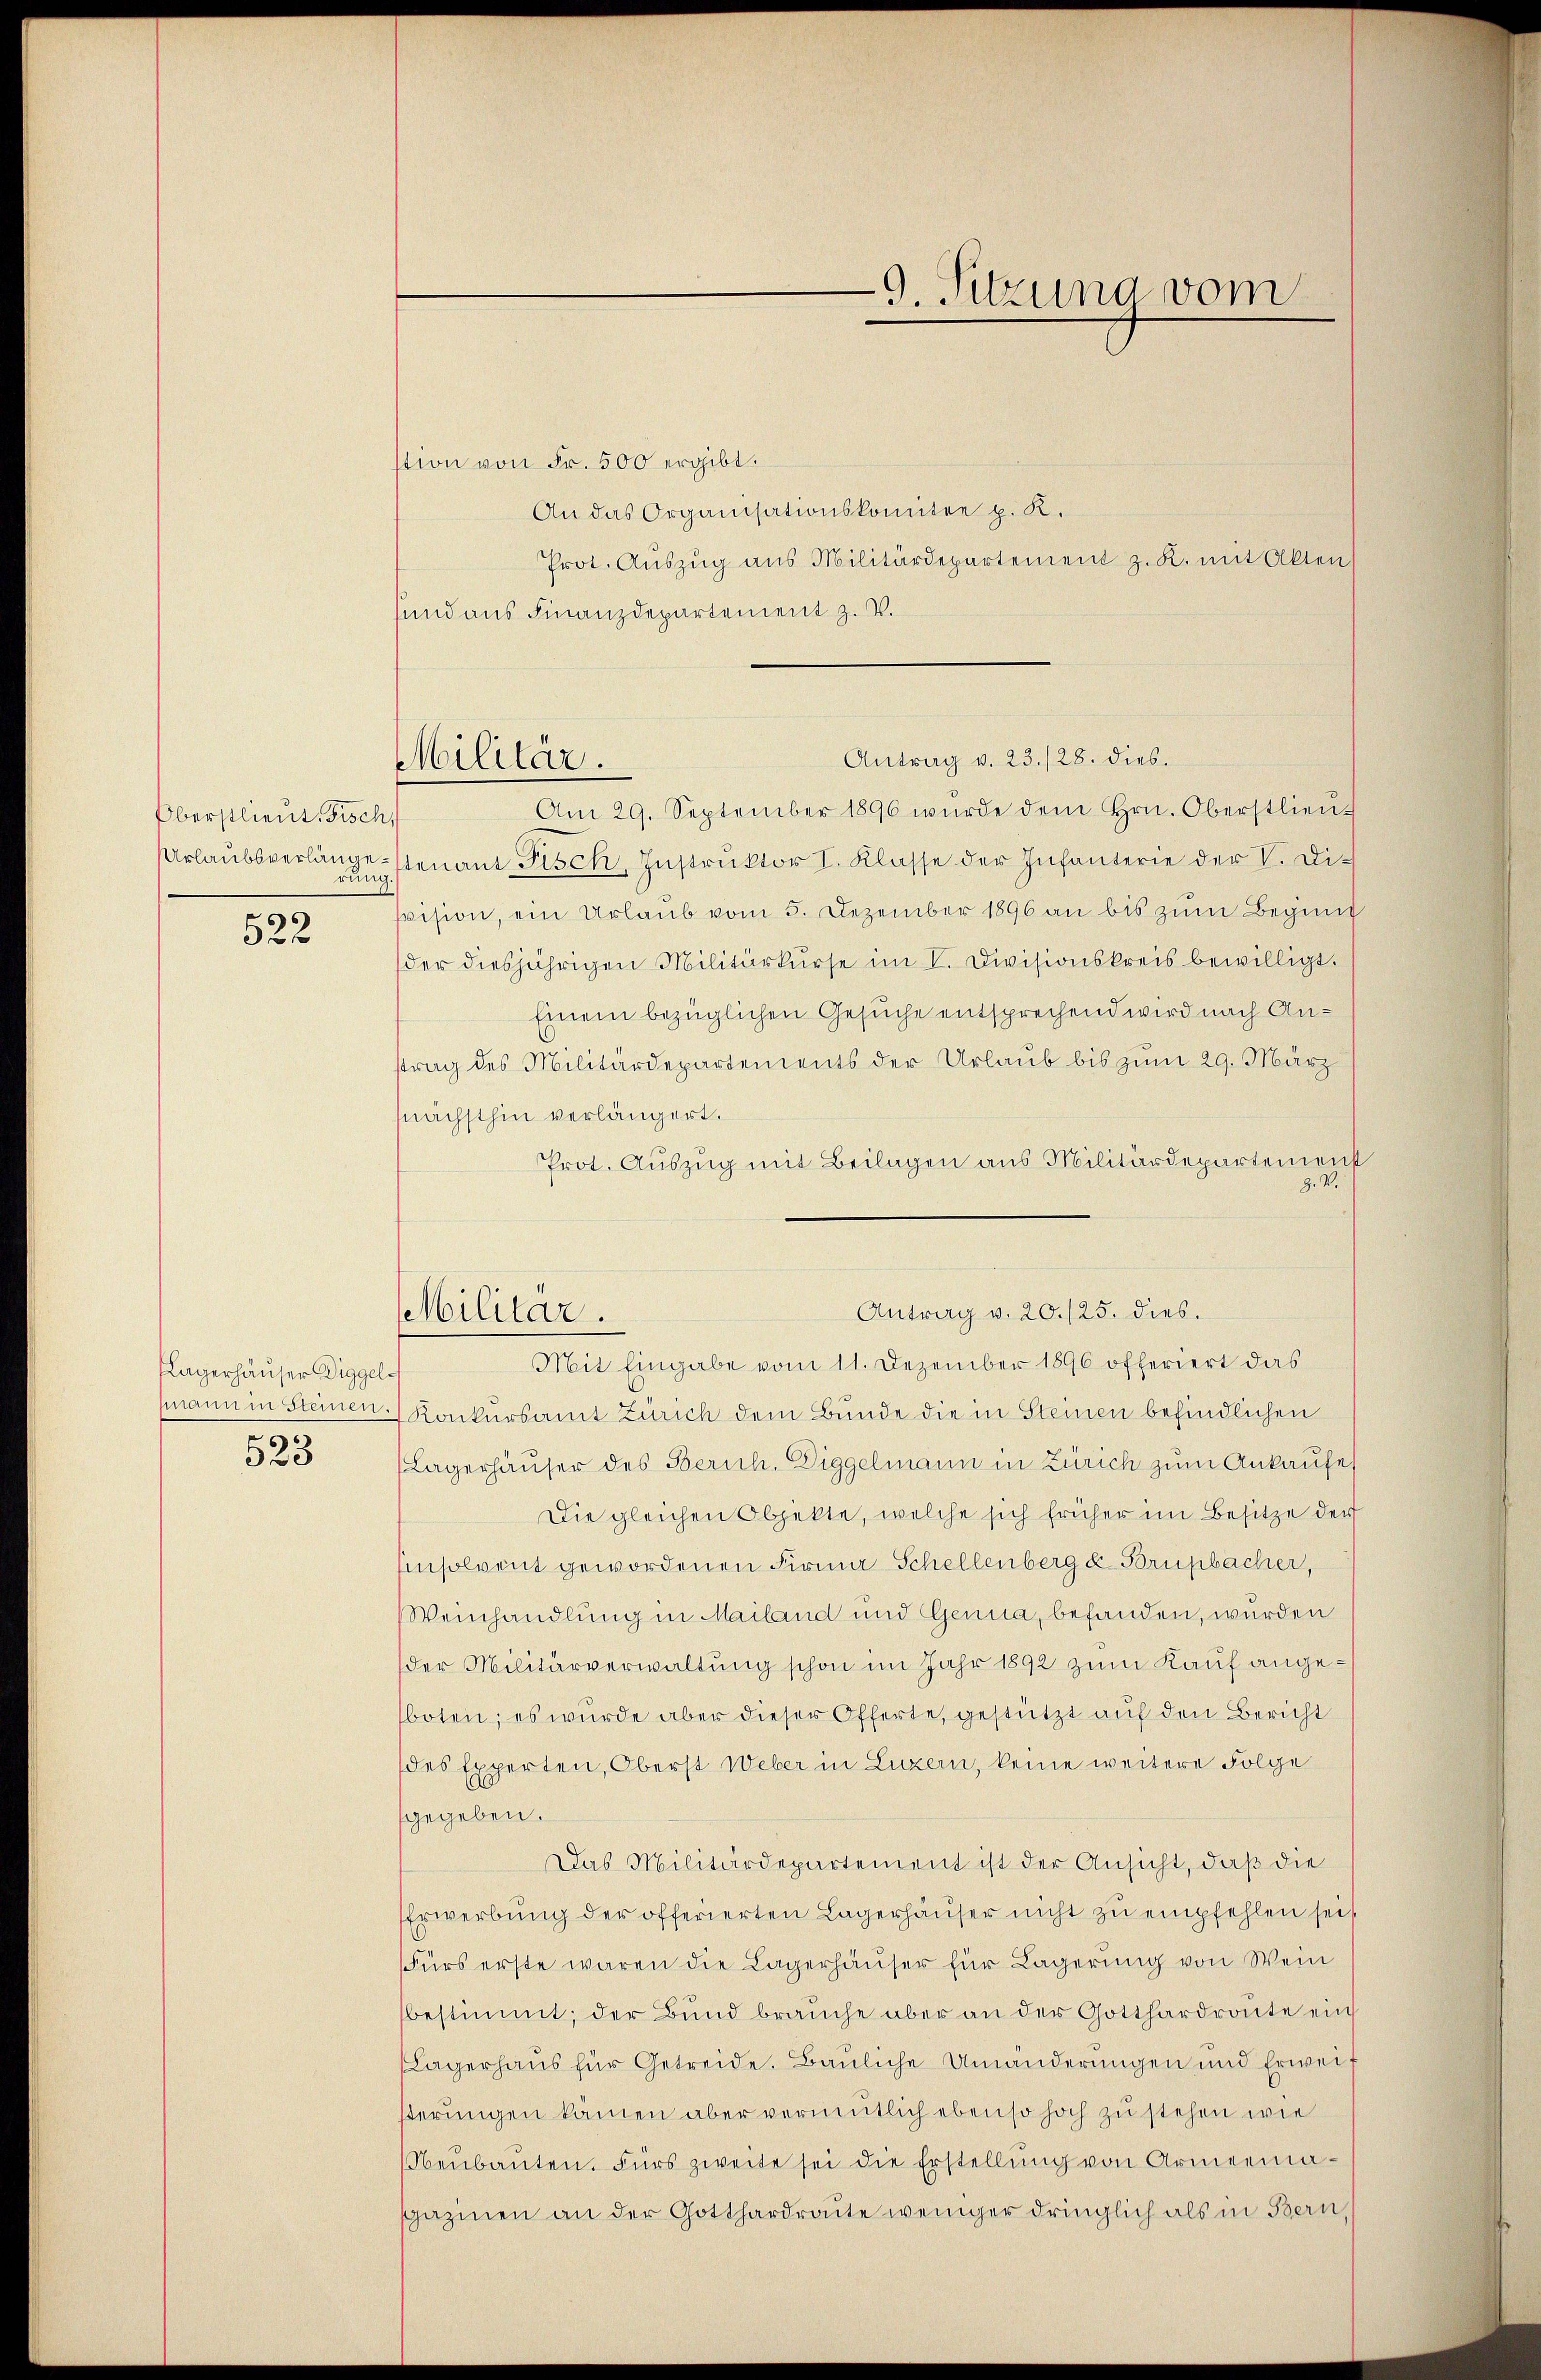
Oberstlieut. Fisch
rung

522

Lagerhäuser Diggel¬
523

stion von Fr. 500 ergibt.
An das Organisationskomitee p. K.
Prot. Aŭszŭg ans Militärdepartement z. K. mit Akten
sund aus Finanzdepartement z. V.
Am 29. September 1896 wurde dem Hrn. Oberstlieu¬
Urlaŭbsverlängestenant Fisch, Instrŭktor I. Klasse der Infanterie der V. Di-
svision, ein Urlaŭb vom 5. Dezember 1896 an bis zŭm Beginn
der diesjährigen Militärkurse im V. Divisionskreis bewilligt.
Einem bezüglichen Gesuche entsprechend wird nach Anstrag des Militärdepartements der Urlaub bis zum 29. März
nächsthin verlängert.
Prot. Auszug mit Beilagen aus Militärdepartement
Z. W.
Mit Eingabe vom 11. Dezember 1896 offeriert das
mann in Steinen Konkursamt Zürich dem Bunde die in Steinen befindlichen
(Lagerhäuser des Zürich. Diggelmann in Zürich zum Ankaufe
Die gleichen Objekte, welche sich früher im Besitze der
Einsolvent gewordenen Firma Schellenberg u. Brupbacher,
Weinhandlung in Mailand und Genua, befanden, wurden
der Militärverwaltung schon im Jahr 1892 zum Kauf angesboten; es wurde aber dieser Offerte, gestützt auf den Bericht
des Experten, Oberst Weber in Luzern, keine weitere Folge
sgegeben.
Das Militärdepartement ist der Ansicht, daß die
Erwerbung der offerierten Lagerhäuser nicht zu empfehlen sei
Fürs erste waren die Lagerhäŭser für Lagerŭng von Wein
bestimmt; der Bund brauche aber an der Gotthardroute ein
Lagerhaus für Getreide. Bauliche Umänderungen und Erweit
sterungen kämen aber vermutlich ebenso hoch zu stehen wie
beŭbaŭten. Fürs zweite sei die Erstellung von Armeemaspazinen an der Gotthardraute weniger dringlich als in Bern,

Militär.

Militär.

Antrag v. 23./28. dies.

9. Sitzung vom

Antrag v. 20./25. dies.